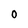
Character: 0